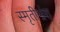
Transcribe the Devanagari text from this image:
स्मृतीभ्रंश